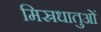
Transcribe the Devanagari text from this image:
मिस्रधातुओं